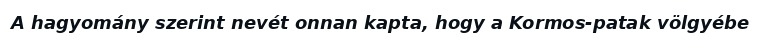
A hagyomány szerint nevét onnan kapta, hogy a Kormos-patak völgyébe